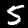
Label: 5